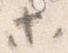
等